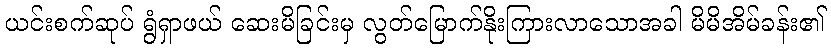
ယင်းစက်ဆုပ် ရွံရှာဖယ် ဆေးမိခြင်းမှ လွတ်မြောက်နိုးကြားလာသောအခါ မိမိအိမ်ခန်း၏